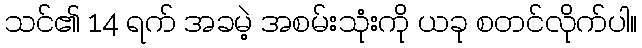
သင်၏ 14 ရက် အခမဲ့ အစမ်းသုံးကို ယခု စတင်လိုက်ပါ။